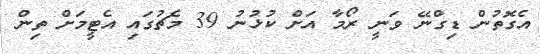
އެގޮތުން ޑިގްނޭ ވަނީ ރޯމާ އަށް ކުޅުނު 39 މެޗުގައި އެޓީމަށް ތިން